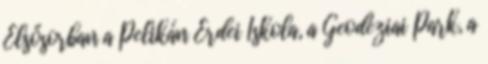
Elsősorban a Pelikán Erdei Iskola, a Geodéziai Park, a